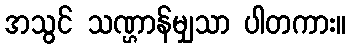
အသွင် သဏ္ဌာန်မျှသာ ပါတကား။